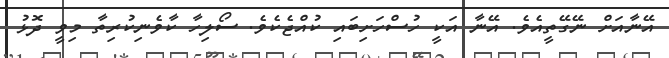
އޭނާއަށް ނޭގޭތީއެވެ. އޭނާ އަކީ ހުސްހަށިބައި ކުއްޖެކެވެ. ސޯލިހާ ކާވެނިކުރިތާ މިވީ ދޮޅު